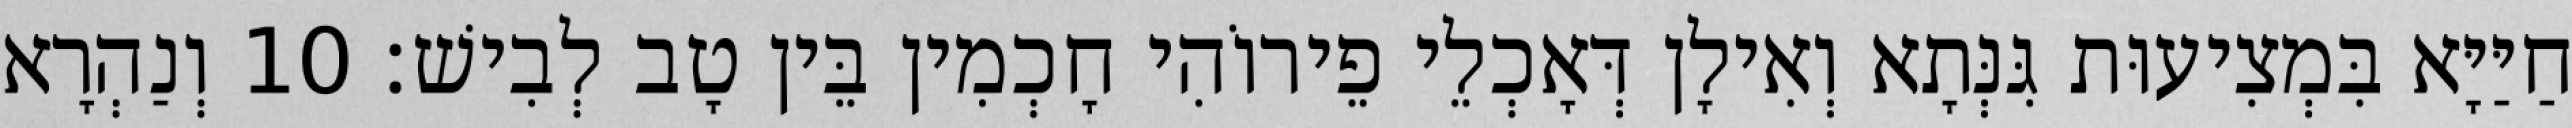
חַיַּיָּא בִּמְצִיעוּת גִּנְּתָא וְאִילָן דְּאָכְלֵי פֵירוֹהִי חָכְמִין בֵּין טָב לְבִישׁ׃ 10 וְנַהְרָא